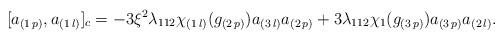
LaTeX: \begin{align*} [a_{(1\,p)},a_{(1\,l)}]_c=-3\xi^2&\lambda_{112}\chi_{(1\,l)}(g_{(2\,p)})a_{(3\,l)}a_{(2\,p)} +3\lambda_{112}\chi_{1}(g_{(3\,p)})a_{(3\,p)}a_{(2\,l)}.\end{align*}